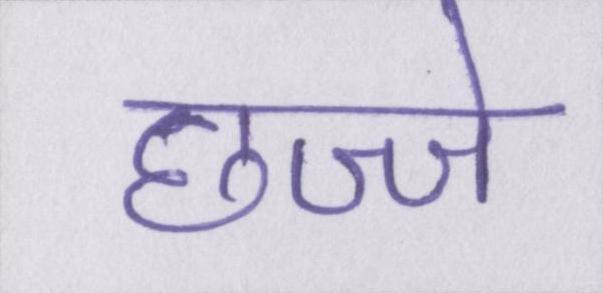
छज्जे